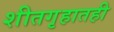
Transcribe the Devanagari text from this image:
शीतगृहातही